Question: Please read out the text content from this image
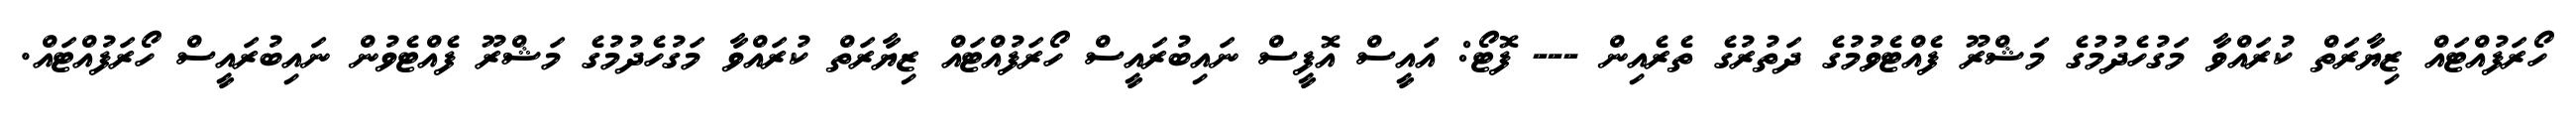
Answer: ހޯރަފުއްޓައް ޒިޔާރަތް ކުރައްވާ މަގުހެދުމުގެ މަޝްރޫ ފެއްޓެވުމުގެ ދަތުރުގެ ތެރެއިން --- ފޮޓޯ: އައީސް އޮފީސް ނައިބުރައީސް ހޯރަފުއްޓައް ޒިޔާރަތް ކުރައްވާ މަގުހެދުމުގެ މަޝްރޫ ފެއްޓެވުން ނައިބުރައީސް ހޯރަފުއްޓައް.